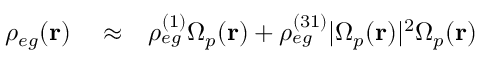
\begin{array} { r l r } { \rho _ { e g } ( \mathbf { r } ) } & { { } \approx } & { \rho _ { e g } ^ { ( 1 ) } \Omega _ { p } ( \mathbf { r } ) + \rho _ { e g } ^ { ( 3 1 ) } | \Omega _ { p } ( \mathbf { r } ) | ^ { 2 } \Omega _ { p } ( \mathbf { r } ) } \end{array}